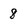
Character: 8